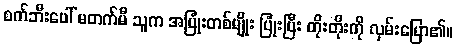
စက်ဘီးပေါ် မတက်မီ သူက အပြုံးတစ်မျိုး ပြုံးပြီး တိုးတိုးကို လှမ်းပြော၏။